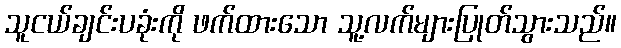
သူငယ်ချင်းပခုံးကို ဖက်ထားသော သူ့လက်များပြုတ်သွားသည်။